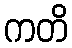
ကတိ